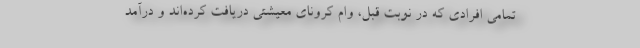
تمامی افرادی که در نوبت قبل، وام کرونای معیشتی دریافت کرده‌اند و درآمد